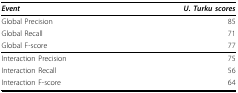
<table><thead><tr><td><b><i>Event</i></b></td><td><b><i>U. Turku scores</i></b></td></tr></thead><tbody><tr><td>Global Precision</td><td>85</td></tr><tr><td>Global Recall</td><td>71</td></tr><tr><td>Global F-score</td><td>77</td></tr><tr><td>Interaction Precision</td><td>75</td></tr><tr><td>Interaction Recall</td><td>56</td></tr><tr><td>Interaction F-score</td><td>64</td></tr></tbody></table>